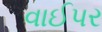
વાઈપર